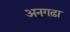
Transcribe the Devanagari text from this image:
अनगढ़ा